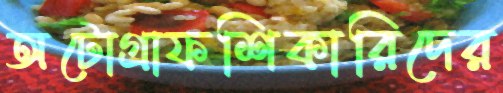
অটোগ্রাফশিকারিদের